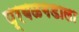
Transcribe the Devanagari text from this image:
प्रबळगडाला